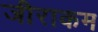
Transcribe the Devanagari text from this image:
जीराकम